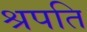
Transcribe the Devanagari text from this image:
श्रपति